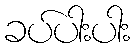
ခပ်ပါးပါး